画像に写った文字を読んでください
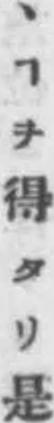
「ヽヿヲ得タリ是」と書いてあります